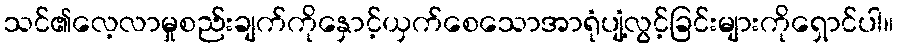
သင်၏လေ့လာမှုစည်းချက်ကိုနှောင့်ယှက်စေသောအာရုံပျံ့လွင့်ခြင်းများကိုရှောင်ပါ။